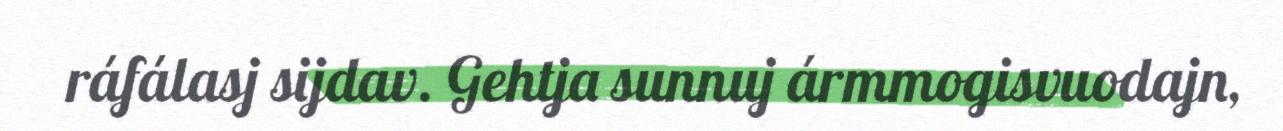
ráfálasj sijdav. Gehtja sunnuj ármmogisvuodajn,